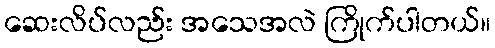
ဆေးလိပ်လည်း အသေအလဲ ကြိုက်ပါတယ်။